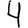
Digit: 4